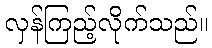
လှန်ကြည့်လိုက်သည်။